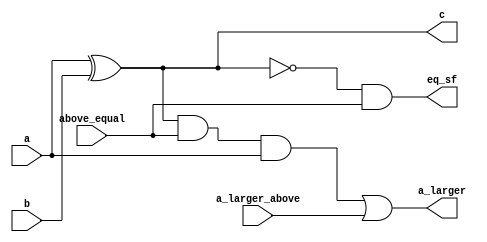
module comparator_cell (input a,b, above_equal, a_larger_above, output c, eq_sf, a_larger);
   assign c = a^b;
   assign eq_sf= ~c&above_equal;
   assign a_larger = (c&above_equal&a) | a_larger_above;
endmodule


module comparator #(parameter SIZE=8)(input [SIZE-1:0]a,b, output[SIZE-1:0]c, output a_larger, equal);
    wire [SIZE-1:0] all_above_equal, all_a_larger;
    comparator_cell comp(
      .a(a[SIZE-1]), 
      .b(b[SIZE-1]), 
      .above_equal(1'b1),
      .a_larger_above(1'b0), 
      .eq_sf(all_above_equal[SIZE-1]), 
      .a_larger(all_a_larger[SIZE-1]), 
      .c(c[SIZE-1]));

    generate
        genvar i;
        for(i=SIZE-2; i>=0; i=i-1)begin
            comparator_cell comp(
              .a(a[i]),
              .b(b[i]), 
              .above_equal(all_above_equal[i+1]),
              .a_larger_above(all_a_larger[i+1]),
              .eq_sf(all_above_equal[i]),
              .a_larger(all_a_larger[i]),
              .c(c[i]));
        end
    endgenerate
    assign a_larger = all_a_larger[0];
    assign equal = all_above_equal[0]; 
endmodule